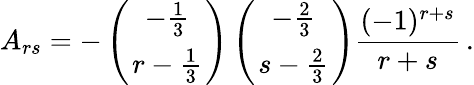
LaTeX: A_{rs}=-\left({-{\frac{1}{3}}\atop{r-{\frac{1}{3}}}}\right)\left({-{\frac{2}{3}}\atop{s-{\frac{2}{3}}}}\right){\frac{(-1)^{r+s}}{r+s}}\, .